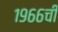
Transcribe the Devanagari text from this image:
१९६६ची